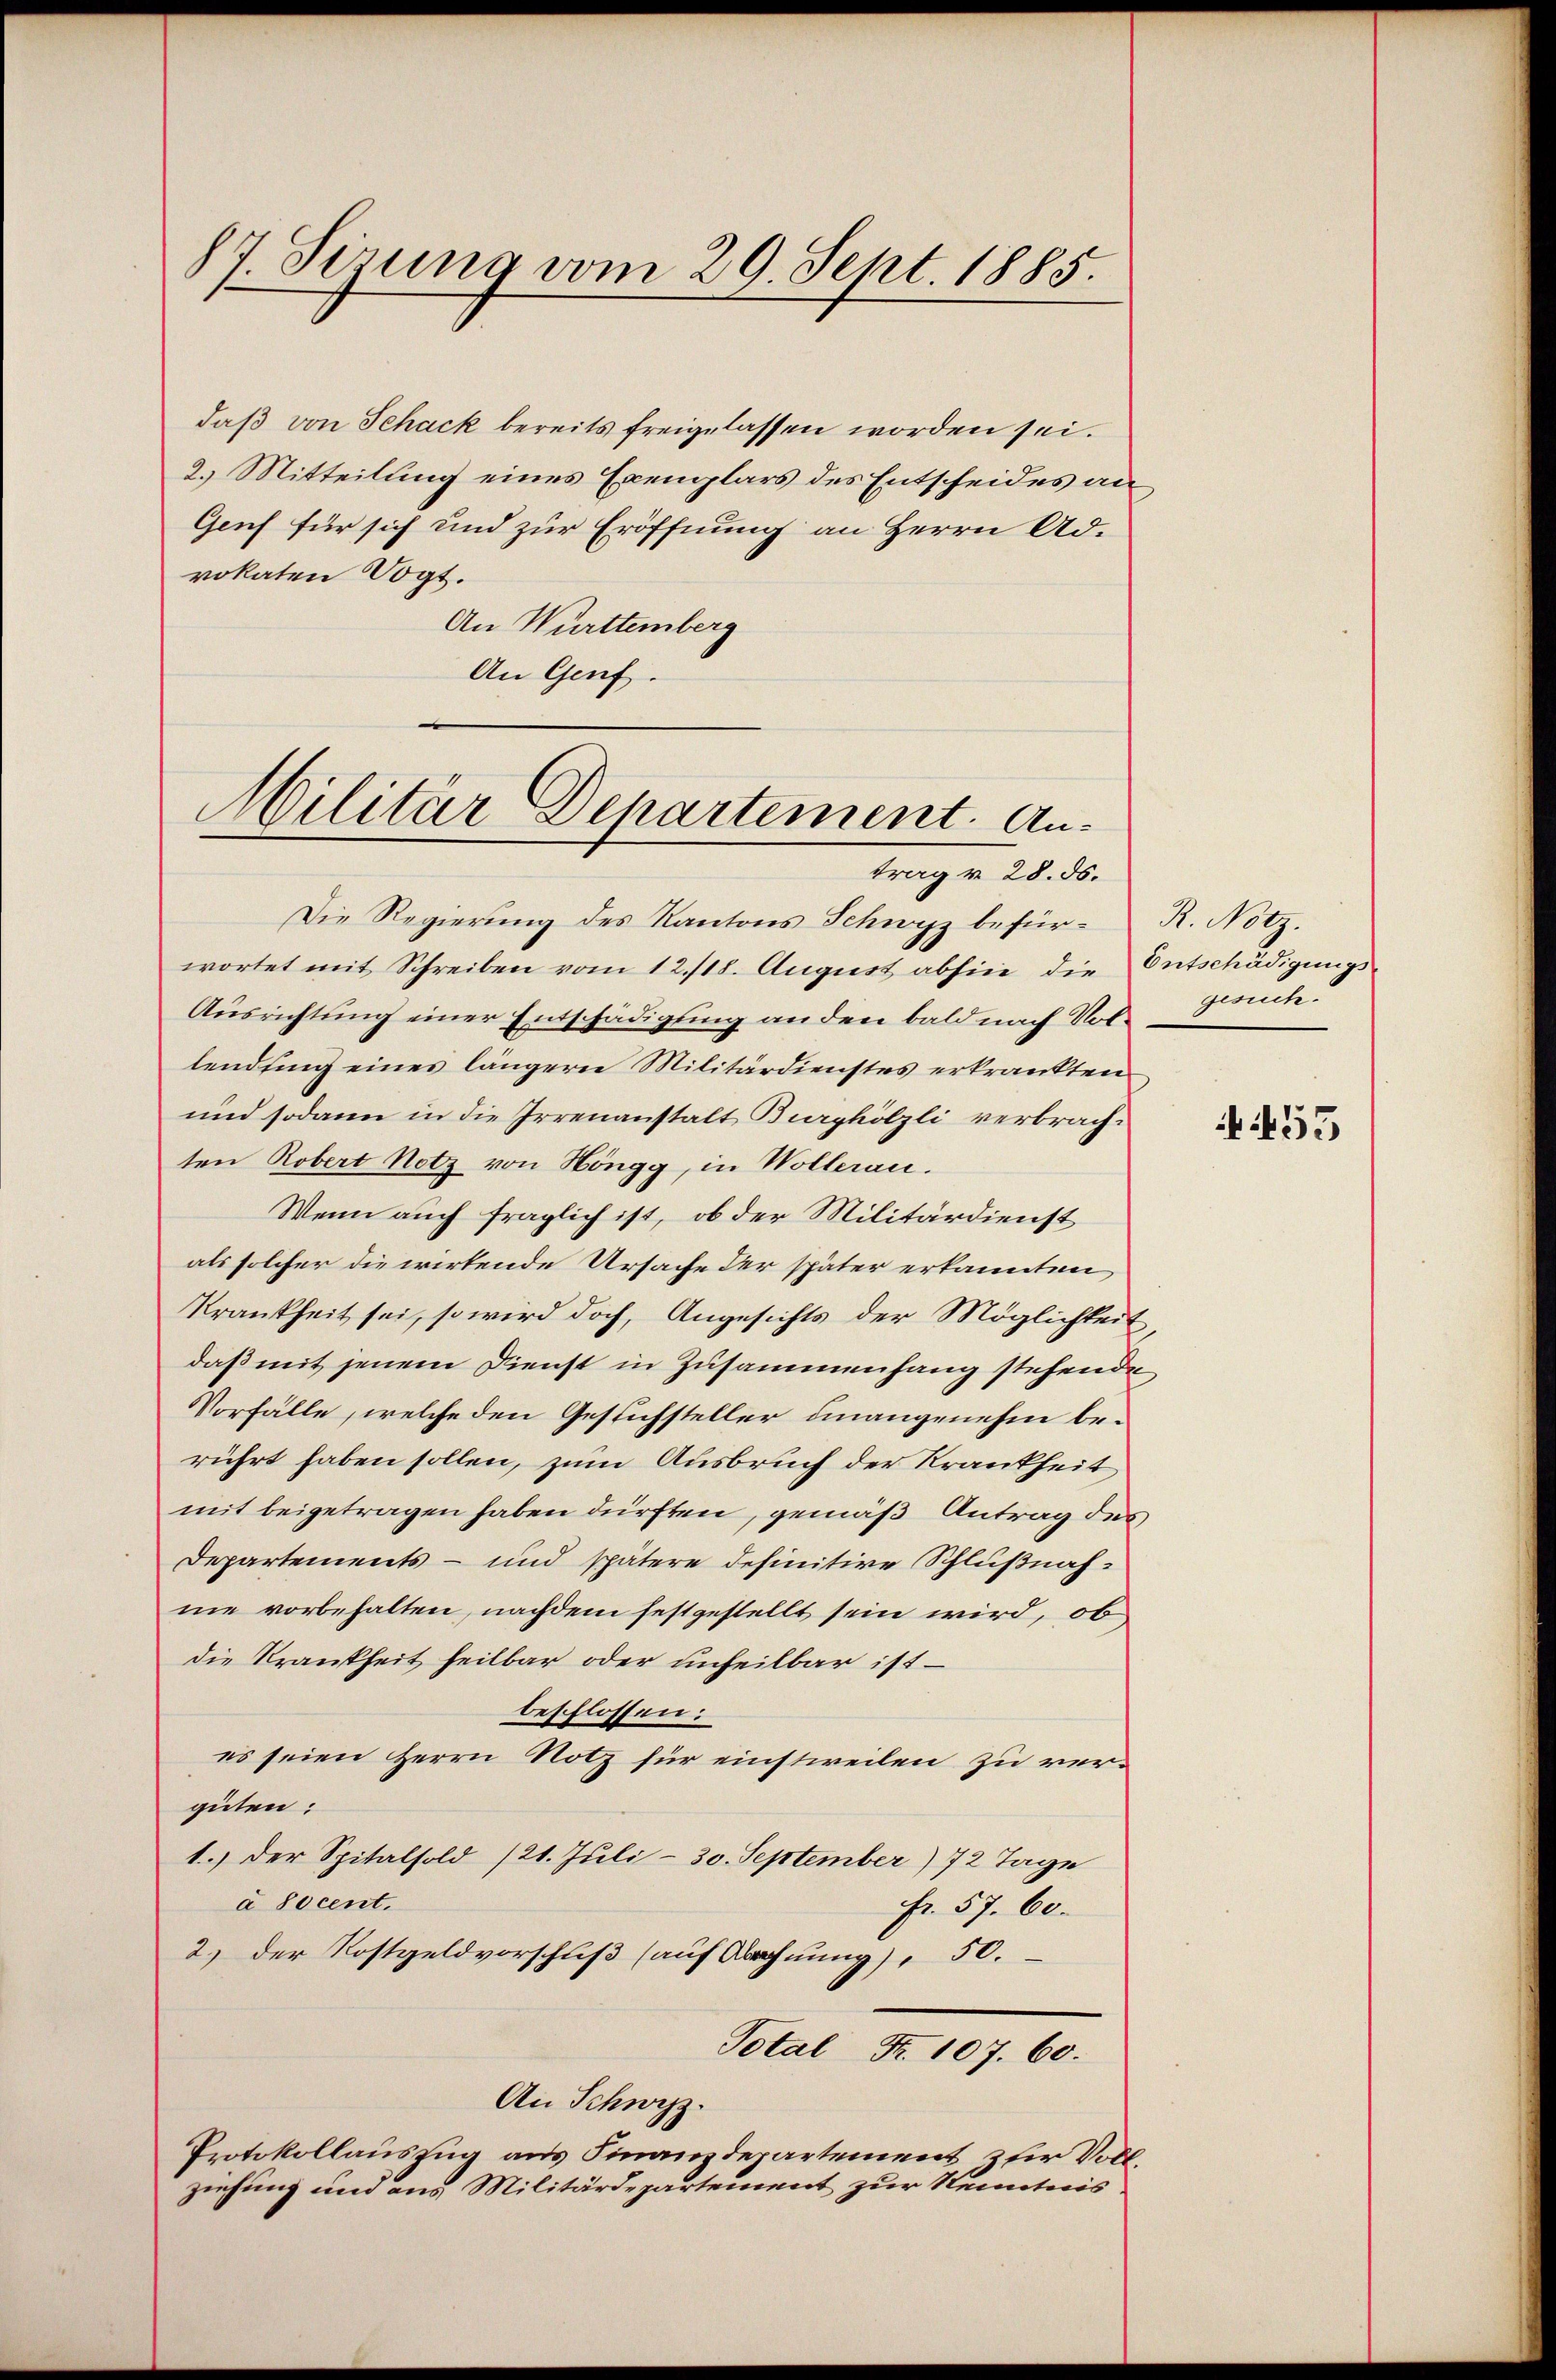
87. Serung vom 29. Sept. 1885.

daß von Schack bereits freigelassen worden sei.
2.) Mitteilung eines Exemplars des Entscheides an
Genf für sich und zur Eröffnung an Herrn Ad-
vokaten Vogt.
An Württemberg
An Genf.

Militär Departement. An¬

trag v. 28. 56.
Die Regierung des Kantons Schwyz befür-R. Notz.
wortet mit Schreiben vom 12./18. August abhin, die Entschädigungs¬
Ausrichtung einer Entschädigung an den bald nach Notlendung eines längere Militärdienstes erkrankten
und sodann in die Irrenanstalt Burghölzli verbrachten Robert Notz von Höngg, in Wolleran.
Wenn auch fraglich ist, ob der Militärdienst
als solcher die wirkende Ursache der später erkannten
Krankheit sei, so wird doch, Angesichts der Möglichkeit,
daß mit jenem Dienst in Zusammenhang stehende
Vorfälle, welche den Gesuchsteller unangenehm berührt haben sollen, zum Ausbruch der Krankheit
mit beigetragen haben dürften, gemäß Antrag des
Departements- und spätere definitive Schlußnahne vorbehalten, nachdem festgestellt sein wird, ob
die Krankheit heilbar oder unheilbar ist –
beschlossen:
es seien Herrn Notz für einstweilen zu verguten:
1.) Der Spitalsold (21. Juli - 30. September) 72 Tage
à Socent.
fr. 57. 60.
2.) Der Kostgeldvorschuß (auf Wohnung), 50.
Total Fr. 107. 60.
An Schwyz.
Protokollauszug aus Finanzdepartement zur Vollziehung und aus Militärdepartement zur Kenntnis

gesuch.

455